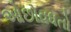
ઓછોવધતો